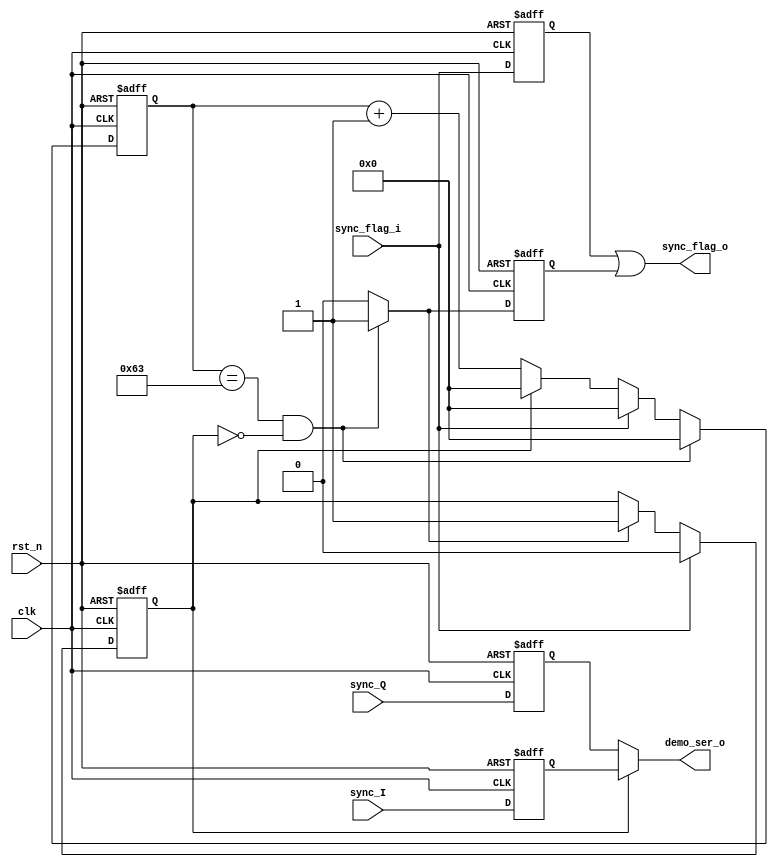
`timescale 1ns / 1ps
//////////////////////////////////////////////////////////////////////////////////
// Description: IQ
//
//////////////////////////////////////////////////////////////////////////////////
module iq_comb
#(parameter SAMPLE = 100)
    (
        input wire          clk         ,  //500kHz
        input wire          rst_n       ,
        input wire          sync_I      ,
        input wire          sync_Q      ,
        input wire          sync_flag_i ,  //Gardner
        
        output wire         demo_ser_o  ,
        output wire         sync_flag_o    //
        //IQsync_flag_o
    );
    
    // IQ,0Q, 1I
    reg         iq_switch   ;
    wire        q2i_flag    ;
    reg         q2i_flag_d1 ;
    reg         sync_flag_i_d1;
    
    reg         sync_I_d    ;
    reg         sync_Q_d    ;
    
    
    //SAMPLE-1QI
    reg [6:0]   sample_cnt  ;
    
    //sample_cnt
    always @ (posedge clk or negedge rst_n) begin
        if(rst_n == 1'b0) begin
            sample_cnt <= 7'd0;
        end else if((sample_cnt == SAMPLE - 1) && !iq_switch) begin
            sample_cnt <= 7'd0;
        end else if(sync_flag_i) begin
        //IQ,
            sample_cnt <= 7'd0;
        end else if(!iq_switch) begin  //Q
            sample_cnt <= sample_cnt + 7'd1;
        end else begin
            sample_cnt <= 7'd0;
        end
    end
    
    //iq_switch
    always @ (posedge clk or negedge rst_n) begin
        if(rst_n == 1'b0) begin
            iq_switch <= 1'b0;
        end else if(sync_flag_i) begin
        //IQ,Q
            iq_switch <= 1'b0;
        end else if(q2i_flag) begin
        //QI
            iq_switch <= 1'b1;
        end else begin
            iq_switch <= iq_switch;
        end
    end 
    
    //q2i_flag,I
    always @ (posedge clk or negedge rst_n) begin
        if(rst_n == 1'b0) begin
            q2i_flag_d1 <= 1'b0;
        end else begin
            q2i_flag_d1 <= q2i_flag;
        end
    end
    
    //sync_flag_isync_flag_i_d1
    //
    //sync_flag_o
    always @ (posedge clk or negedge rst_n) begin
        if(rst_n == 1'b0) begin
            sync_flag_i_d1 <= 1'b0  ;
            sync_I_d <= 1'b0        ;
            sync_Q_d <= 1'b0        ;
        end else begin
            sync_flag_i_d1 <= sync_flag_i   ;
            sync_I_d <= sync_I              ;
            sync_Q_d <= sync_Q              ;
        end
    end
    
    //,IQ
    assign sync_flag_o = sync_flag_i_d1 | q2i_flag_d1;
    
    //q2i_flag
    //QSAMPLE
    assign q2i_flag = ((sample_cnt == SAMPLE - 1) && !iq_switch)?1'b1: 1'b0;
    
    //iq_switch
    assign demo_ser_o = (iq_switch == 1'b1)? sync_I_d: sync_Q_d;
    
endmodule